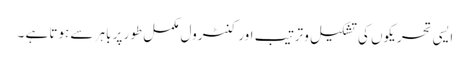
ایسی تحریکوں کی تشکیل و ترتیب اور کنٹرول مکمل طور پر باہر سے ہوتا ہے ۔